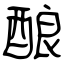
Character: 酿